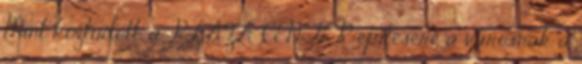
Mint köztudott, a PLAZA CENTER építésére a városnak a